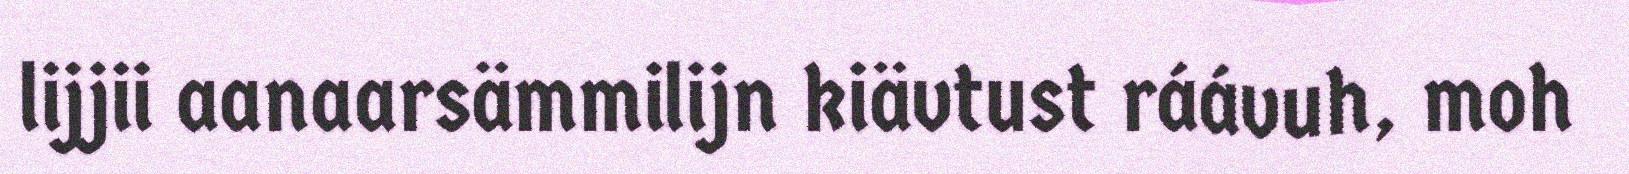
lijjii aanaarsämmilijn kiävtust ráávuh, moh